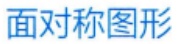
面对称图形